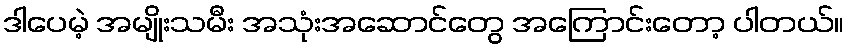
ဒါပေမဲ့ အမျိုးသမီး အသုံးအဆောင်တွေ အကြောင်းတော့ ပါတယ်။